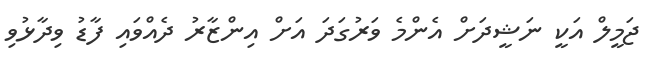
ޖަމީލް އަކީ ނަޝީދަށް އެންމެ ވަރުގަދަ އަށް އިންޒާރު ދެއްވައި ފާޑު ވިދާޅުވި